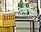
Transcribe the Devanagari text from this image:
मियाणच्या